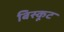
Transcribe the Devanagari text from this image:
बिस्कूट